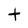
Character: t